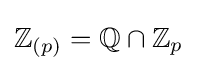
\mathbb {Z} _{(p)}=\mathbb {Q} \cap \mathbb {Z} _{p}